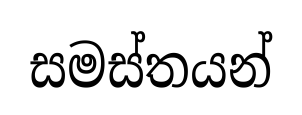
සමස්තයන්